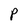
Character: P